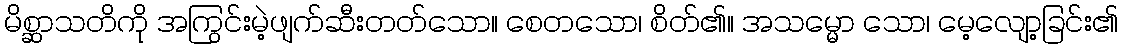
မိစ္ဆာသတိကို အကြွင်းမဲ့ဖျက်ဆီးတတ်သော။ စေတသော၊ စိတ်၏။ အသမ္မော သော၊ မေ့လျော့ခြင်း၏